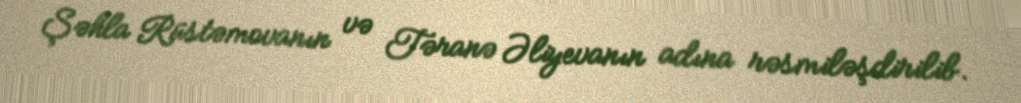
Şəhla Rüstəmovanın və Təranə Əliyevanın adına rəsmiləşdirilib.